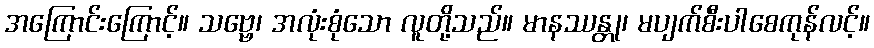
အကြောင်းကြောင့်။ သဗ္ဗေ၊ အလုံးစုံသော လူတို့သည်။ မာနဿန္တု၊ မပျက်စီးပါစေကုန်လင့်။